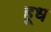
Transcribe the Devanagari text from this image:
हूध